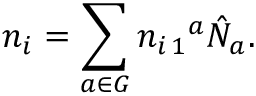
n _ { i } = \sum _ { a \in G } n _ { i \, 1 } { } ^ { a } \hat { N } _ { a } .